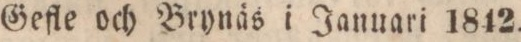
Gefle och Brynäs i Januari 1842.